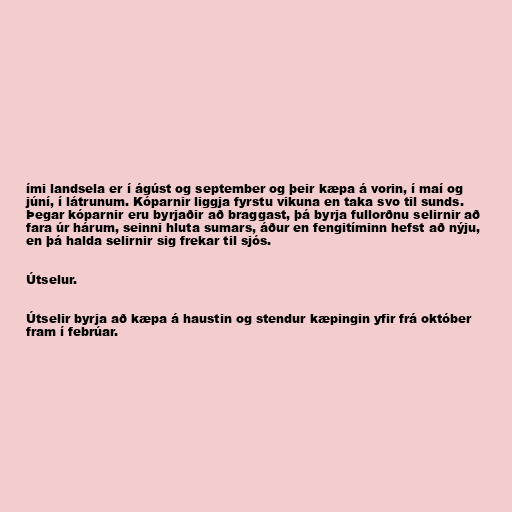
ími landsela er í ágúst og september og þeir kæpa á vorin, í maí og
júní, í látrunum. Kóparnir liggja fyrstu vikuna en taka svo til sunds.
Þegar kóparnir eru byrjaðir að braggast, þá byrja fullorðnu selirnir að
fara úr hárum, seinni hluta sumars, áður en fengitíminn hefst að nýju,
en þá halda selirnir sig frekar til sjós.

Útselur.

Útselir byrja að kæpa á haustin og stendur kæpingin yfir frá október
fram í febrúar.